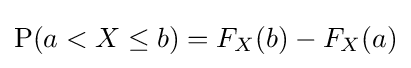
\operatorname {P} (a<X\leq b)=F_{X}(b)-F_{X}(a)